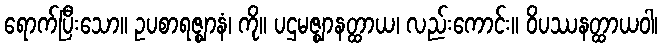
ရောက်ပြီးသော။ ဥပစာရဇ္ဈာနံ၊ ကို။ ပဌမဇ္ဈာနတ္ထာယ၊ လည်းကောင်း။ ဝိပဿနတ္ထာယဝါ၊